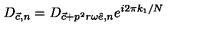
D _ { { \vec { c } } , n } = D _ { { \vec { c } } + p ^ { 2 } r \omega { \hat { e } } , n } e ^ { i 2 \pi k _ { 1 } / N }